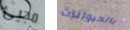
مجيئ بالحيوانات